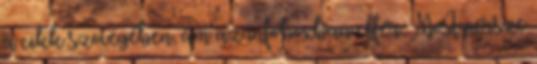
a cikk szövegében, ám az infoboxban elfér. Most persze